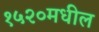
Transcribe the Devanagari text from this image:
१५२०मधील